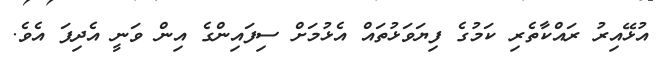
އުޅޭއިރު ރައްކާތެރި ކަމުގެ ފިޔަވަޅުތައް އެޅުމަށް ސިފައިންގެ އިން ވަނީ އެދިފަ އެވެ.